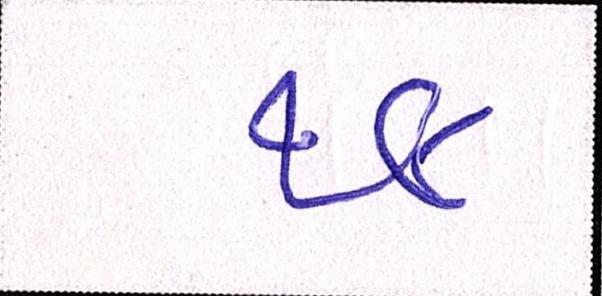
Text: ૧૯